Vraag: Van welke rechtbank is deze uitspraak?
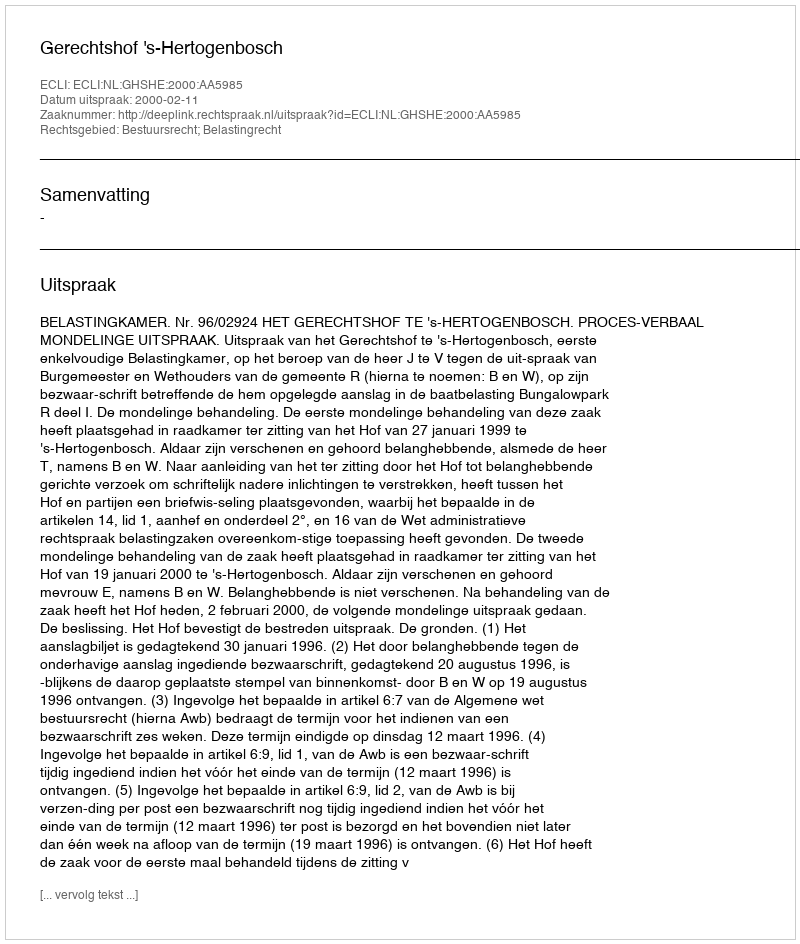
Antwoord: Gerechtshof 's-Hertogenbosch